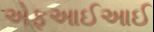
એફઆઈઆઈ